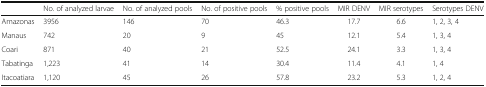
<table><thead><tr><td></td><td><b>No. of analyzed larvae</b></td><td><b>No. of analyzed pools</b></td><td><b>No. of positive pools</b></td><td><b>% positive pools</b></td><td><b>MIR DENV</b></td><td><b>MIR serotypes</b></td><td><b>Serotypes DENV</b></td></tr></thead><tbody><tr><td>Amazonas</td><td>3956</td><td>146</td><td>70</td><td>46.3</td><td>17.7</td><td>6.6</td><td>1, 2, 3, 4</td></tr><tr><td>Manaus</td><td>742</td><td>20</td><td>9</td><td>45</td><td>12.1</td><td>5.4</td><td>1, 3, 4</td></tr><tr><td>Coari</td><td>871</td><td>40</td><td>21</td><td>52.5</td><td>24.1</td><td>3.3</td><td>1, 3, 4</td></tr><tr><td>Tabatinga</td><td>1,223</td><td>41</td><td>14</td><td>30.4</td><td>11.4</td><td>4.1</td><td>1, 4</td></tr><tr><td>Itacoatiara</td><td>1,120</td><td>45</td><td>26</td><td>57.8</td><td>23.2</td><td>5.3</td><td>1, 2, 4</td></tr></tbody></table>